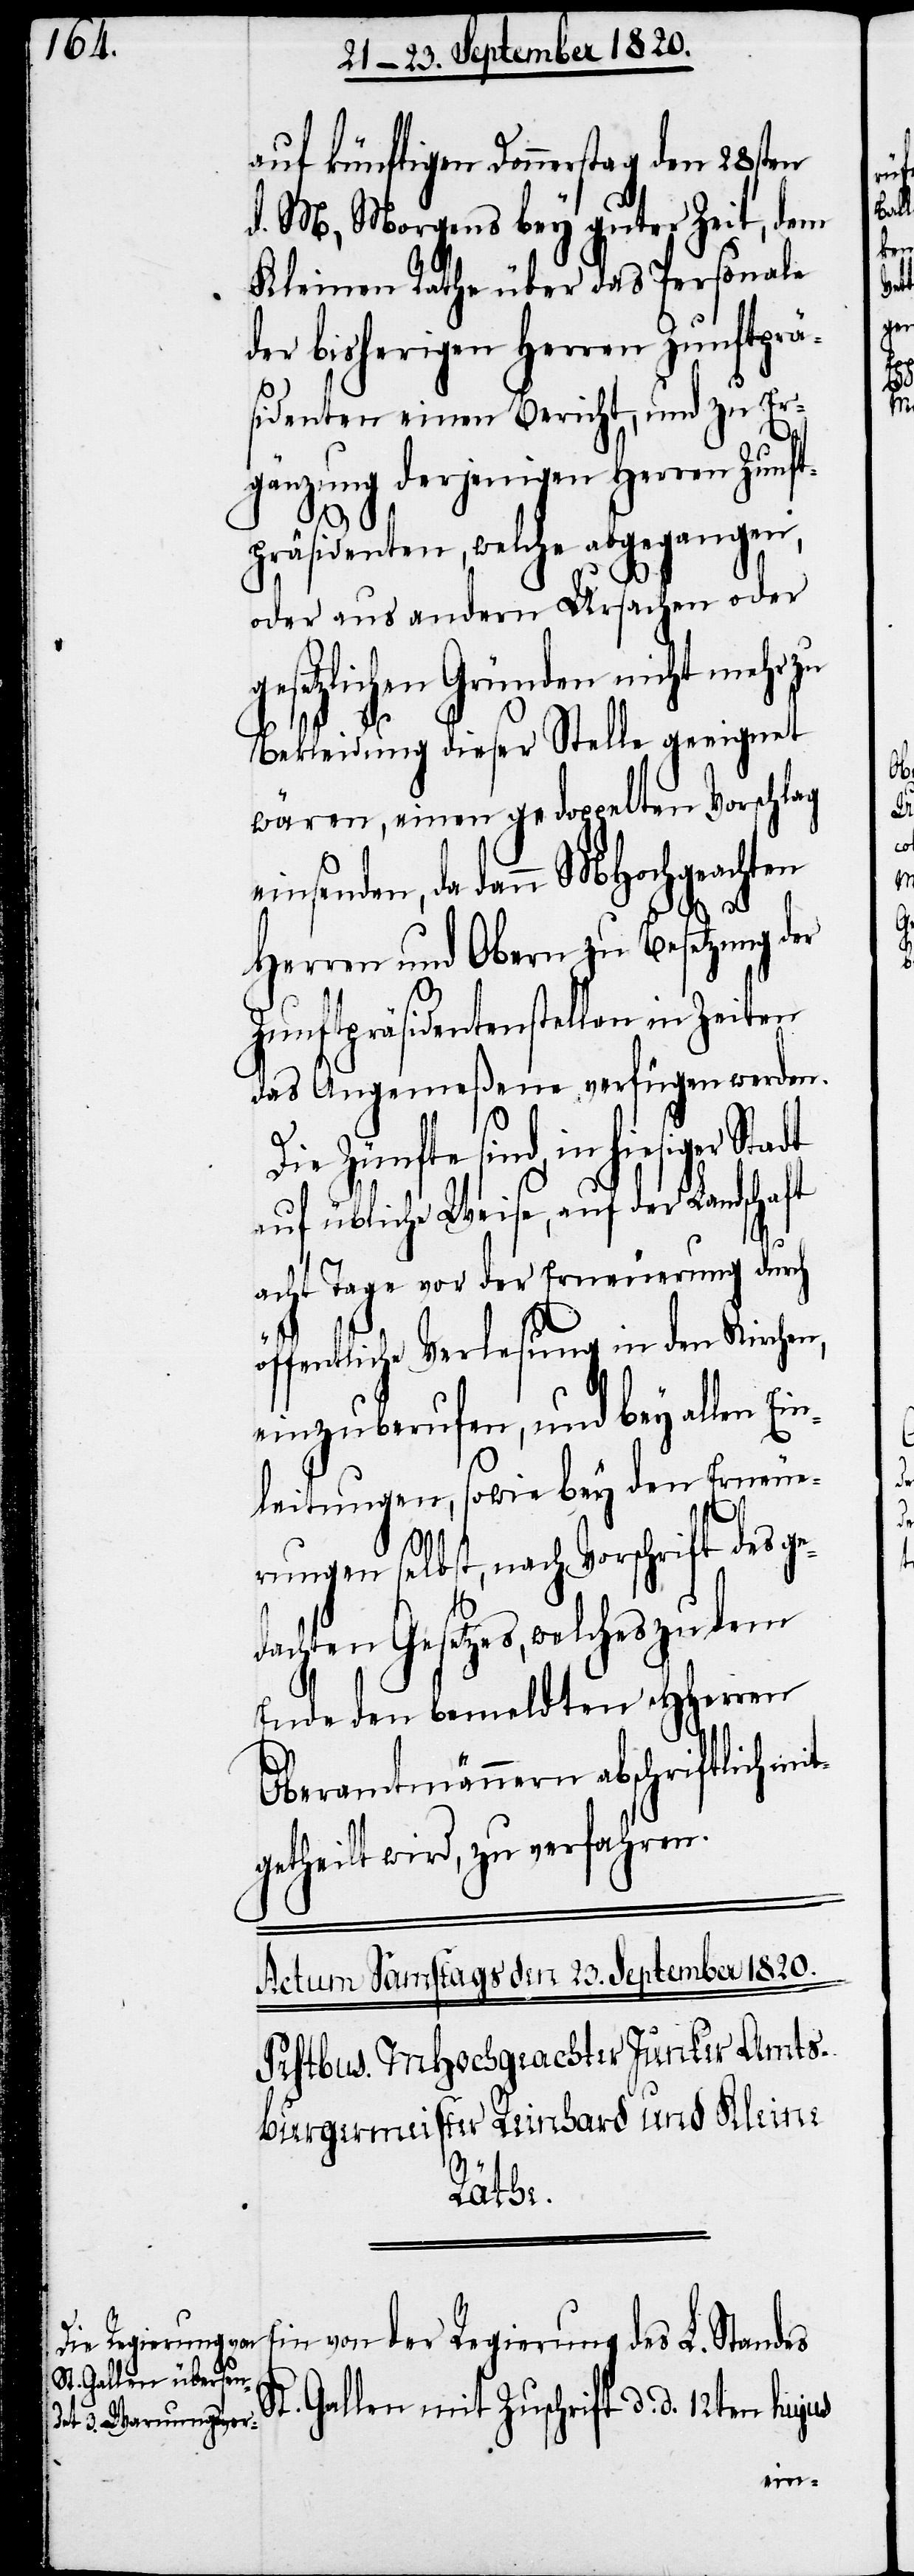
auf künftigen Donnerstag den 28sten
d. M, Morgens bey guter Zeit, dem
Kleinen Rathe über das Personale
der bisherigen Herren Zunftprä¬
sidenten einen Bericht, und zu Er¬
gänzung derjenigen Herren Zunf¬
tpräsidenten, welche abgegangen,
oder aus andern Ursachen oder
setzlichen Gründen nicht mehr
Bekleidung dieser Stelle geeignet
wären, einen gedoppelten Vorschlag
einsenden, da dann MHochgeachten
Herren und Obern zu Besetzung der
Zunftpräsidentenstellen in Zeiten
das Angemeßene verfügen werden.
Die Zünfte sind, in hiesiger Stadt
auf übliche Weise, auf der Landschaft
E¬
acht Tage vor der Erneuerung durch
öffentliche Verlesung in den Kirchen,
einzuberufen, und bey allen Ei¬
nleitungen, sowie bey den Erneue¬
rungen selbst, nach Vorschrift des ge¬
dachten Gesetzes, welches zu dem
ende den bemeldten HHerren
Oberamtmännern abschriftlich
getheilt wird, zu verfahren.
in von der Regierung des L. Standes
St. Gallen mit Zuschrift d. d. 12ten hujus
mit¬